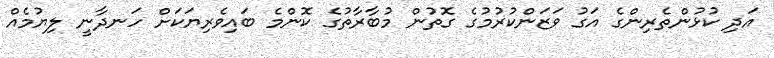
އަދި ކުޅުންތެރިންގެ އަގު ވަޒަންކުރުމުގެ ގޮތުން މުބާރާތުގެ ކޮންމެ ބައިވެރިޔަކަށް ހަނދާނީ ލިޔުމެއް